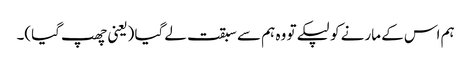
ہم اس کے مارنے کو لپکے تو وہ ہم سے سبقت لے گیا (یعنی چھپ گیا)۔